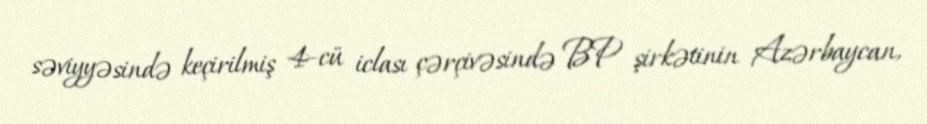
səviyyəsində keçirilmiş 4-cü iclası çərçivəsində BP şirkətinin Azərbaycan,